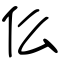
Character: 仫